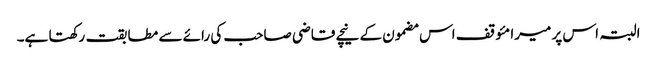
البتہ اس پر میرا مئوقف اس مضمون کے نیچے قاضی صاحب کی رائے سے مطابقت رکھتا ہے۔